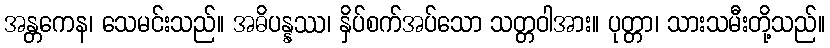
အန္တကေန၊ သေမင်းသည်။ အဓိပန္နဿ၊ နှိပ်စက်အပ်သော သတ္တဝါအား။ ပုတ္တာ၊ သားသမီးတို့သည်။